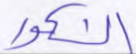
الشكور